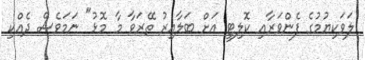
ލަވަކިޔުމުގެ ފެންވަރާއި ކޮލިޓީ އަށް ބަލާއިރު ތޭރަވާ މާ މޮޅު" ނަމަވެސް ދެއްކި